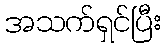
အသက်ရှင်ပြီး